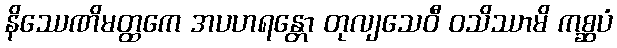
နိဿေဏိမတ္ထကေ အပဟရန္တော တုလျသေဝီ ဝသိဿာမိ ကစ္ဆပံ